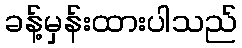
ခန့်မှန်းထားပါသည်